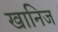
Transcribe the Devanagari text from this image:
खानिज